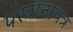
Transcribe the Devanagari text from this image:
परवानापत्र